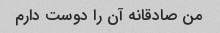
من صادقانه آن را دوست دارم